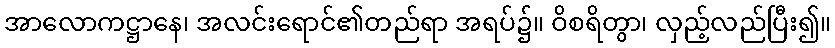
အာလောကဋ္ဌာနေ၊ အလင်းရောင်၏တည်ရာ အရပ်၌။ ဝိစရိတွာ၊ လှည့်လည်ပြီး၍။